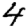
Digit: 4